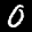
Digit: 0